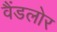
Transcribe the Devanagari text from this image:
वैंडलोर